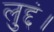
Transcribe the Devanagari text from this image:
लुद्दं।